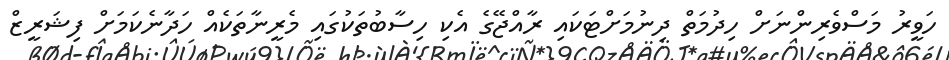
ހަވީރު މަސްވެރިންނަށް ހިދުމަތް ދިނުމަށްޓަކައި ރާއްޖޭގެ އެކި ހިސާބުތަކުގައި މެރީނާތަކެއް ހަދާނެކަމަށް ފިޝަރީޒް